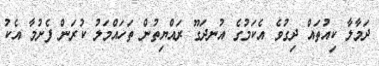
ދަމާލާ ކިއުތައް ދިގުވެ އެކަމުގެ އުނދަގޫ ރައްޔިތުން ތަހައްމަލު ކުރަން ފެށުމާ އެކު